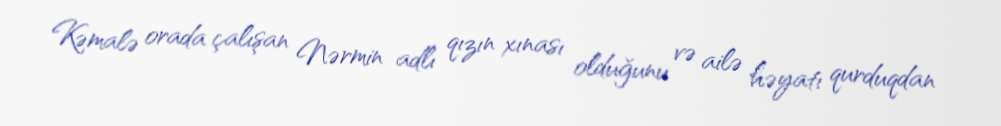
Kəmalə orada çalışan Nərmin adlı qızın xınası olduğunu və ailə həyatı qurduqdan